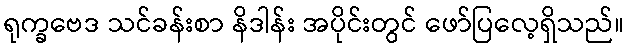
ရုက္ခဗေဒ သင်ခန်းစာ နိဒါန်း အပိုင်းတွင် ဖော်ပြလေ့ရှိသည်။